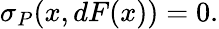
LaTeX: \sigma_{P}(x,dF(x))=0.